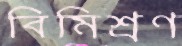
বিমিশ্রণ